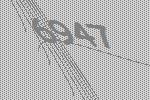
6947